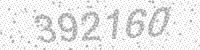
Solution: 392160